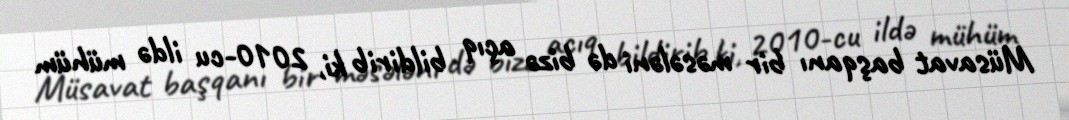
Müsavat başqanı bir məsələni də bizə açıq bildirib ki, 2010-cu ildə mühüm